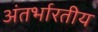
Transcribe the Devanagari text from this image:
अंतर्भारतीय